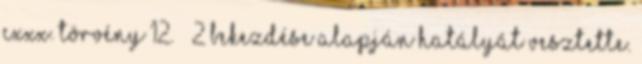
CXXX. törvény 12. § 2 bekezdése alapján hatályát vesztette.